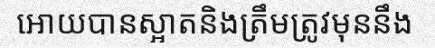
អោយបានស្អាតនិងត្រឹមត្រូវមុននឹង